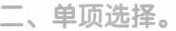
二、单项选择.